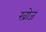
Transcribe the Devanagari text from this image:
ख्रोज